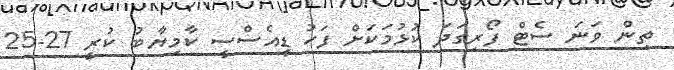
ތިން ވަނަ ސެޓް ފޯރިގަދަ ކުޅުމަކަށް ފަހު ޑީއެސްސީ ކާމިޔާބު ކުރީ 27-25